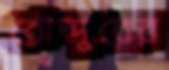
রৌদ্দুরের